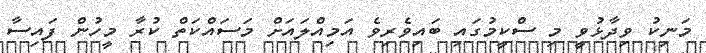
މަނިކު ވިދާޅުވީ މި ސްކީމުގައި ބައިވެރިވެ އަމިއްލައަށް މަސައްކަތް ކުރާ މީހުން ފައިސާ